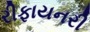
રીફાયનરી